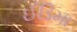
ઈડિમા